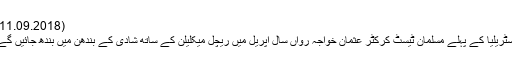
(11.09.2018)
آسٹریلیا کے پہلے مسلمان ٹیسٹ کرکٹر عثمان خواجہ رواں سال اپریل میں ریچل میکلیلن کے ساتھ شادی کے بندھن میں بندھ جائیں گے۔